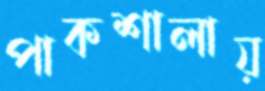
পাকশালায়